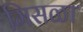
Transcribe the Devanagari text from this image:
मिसळा